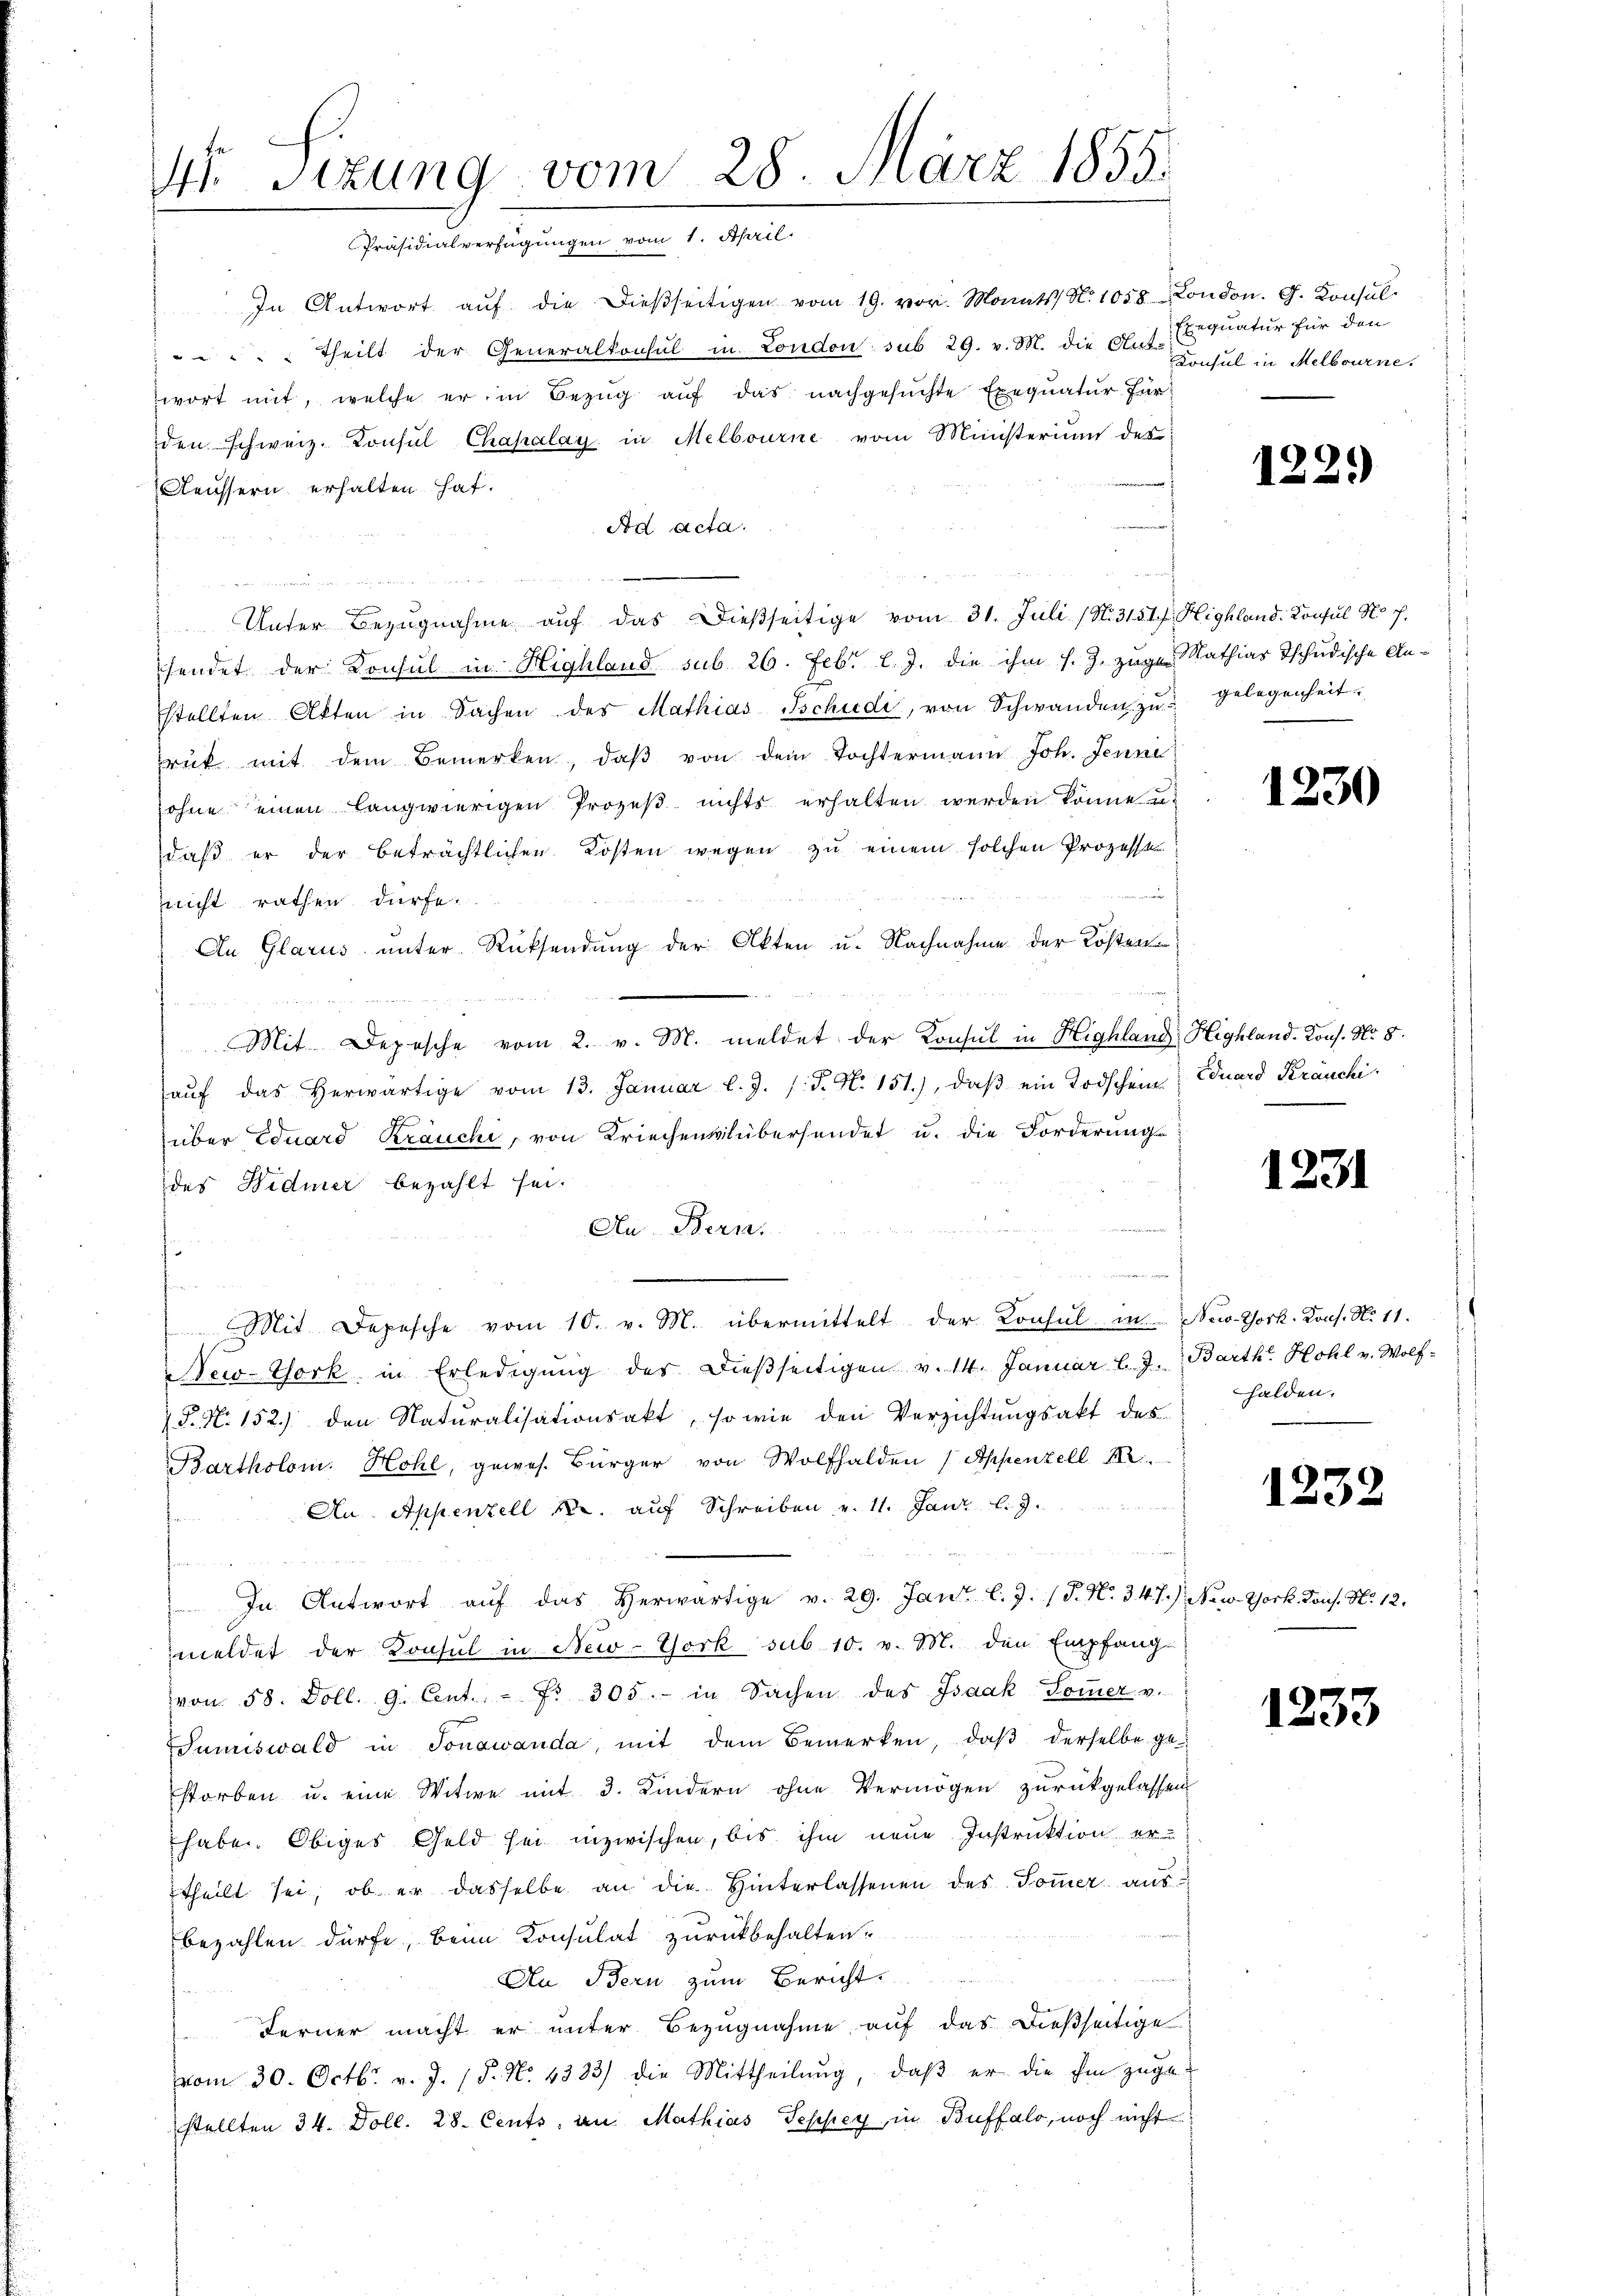
U Sizung vom 28. März 1855.
Präsidialverfügungen vom 1. April.

In Antwort aŭf die dießseitigen vom 19. vor. Monats N. 1058 London. G. Konsul
 " " " " theilt der Generalkonsul in London sub 29. v. M. die Auf Exequatur für den
wort mit, welche er in Bezug auf das nachgesuchte Exequatur für
den schweiz. Konsul Chapalay in Melbourne vom Ministerium des
Aeussern erhalten hat.
Ad Acta.
Unter Bezugnahme auf das dießseitige vom 31. Juli (N. 3151 f. Highland. Konsul No 7.
hendet der Konsul in Highland sub 26. Febr. l. J. die ihm s. Z. zuge Mathias Tschudische Anstellten Akten in Sachen des Mathias Tschude, von Schwanden zu gelegenheit
rik mit dem Bemerken, daβ von dem Tochtermann Joh. Jenne
ohne einen Langwierigen Prozeβ nichts erhalten werden könne u.
daß er der beträchtlichen Kosten wegen zu einem solchen Prozesse
nnicht rathen dürfe.
An Glarus unter Rücksendung der Akten u. Nachnahme der Kosten
Mit Depesche vom 2. v. M. meldet der Konsul in Highland, Highland. Kons. No. 8.
aŭf das herwärtige vom 13. Januar l. J. J. J. N. 151.), daβ ein Todschein Eduard Kräuchi
über Eduard Kräuchi, von Kriechenklübersendet u. die Forderungs
des Widmer bezahlt sei.
An Beri
Mit Depesche vom 10. v. M. übermittelt der Konsul in New-York. Kons. N. 11.
New-York in Erledigung des dießseitigen v. 14. Januar l. J. Barth. Hohl v. Wolf-
S. N. 152) den Naturalisationsakt, so wie den Verzichtungsakt des
Bartholom. Hohl, gewes. Bürger von Wolfhalden (Appenzell
An Appenzell A. auf Schreiben v. 11. Janr. l. J
¬
In Antwort aŭf das herwärtige v. 29. Janz l. J. (T. N. 347):
meldet der Konsul in New-York, sub 10. v. M. den Empfang
von 58. Doll. 9. Cent. - Fr. 305. in Sachen des Isaak Sommer v.
Sumiswald in Jonawanda, mit dem Bemerken, daß derselbe ge-
storben u. eine Witwe mit 3. Kindern ohne Vermögen zurückgelassen
haben. Obiges Geld sei inzwischen, bis ihm neue Instruktion er-
theilt sei, ob er dasselbe an die Hinterlassenen des Sommer ausbezahlen dürfe, beim Konsulat zurückbehalten.
Au Bern zum Bericht
Ferner macht er unter Bezugnahme auf das dießseitige
vom 30. Octbr. v. J. (§. N. 4333) die Mittheilŭng, daβ er die ihm zŭge-
stellten 34. Doll. 28. Cents, an Mathias Seppey, in Buffalo, noch nicht

Konsul in Melbourne.

1221)

1230

1231

halden.

1232

New-York. Kons. No 12.

1233